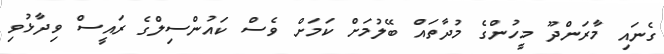
ގެނައި މާރަންދޫ މީހުންގެ މުދާތައް ބޭލުމަށް ކަމަށް ވެސް ކައުންސިލްގެ ރައީސް ވިދާޅުވި